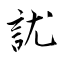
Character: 訧